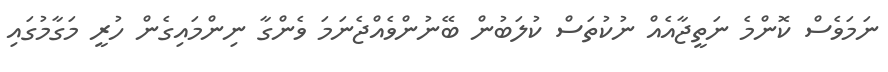
ނަމަވެސް ކޮންމެ ނަތީޖާއެއް ނުކުތަސް ކުލަބުން ބޭނުންވެއްޖެނަމަ ވެންގާ ނިންމައިގެން ހުރީ މަގާމުގައި